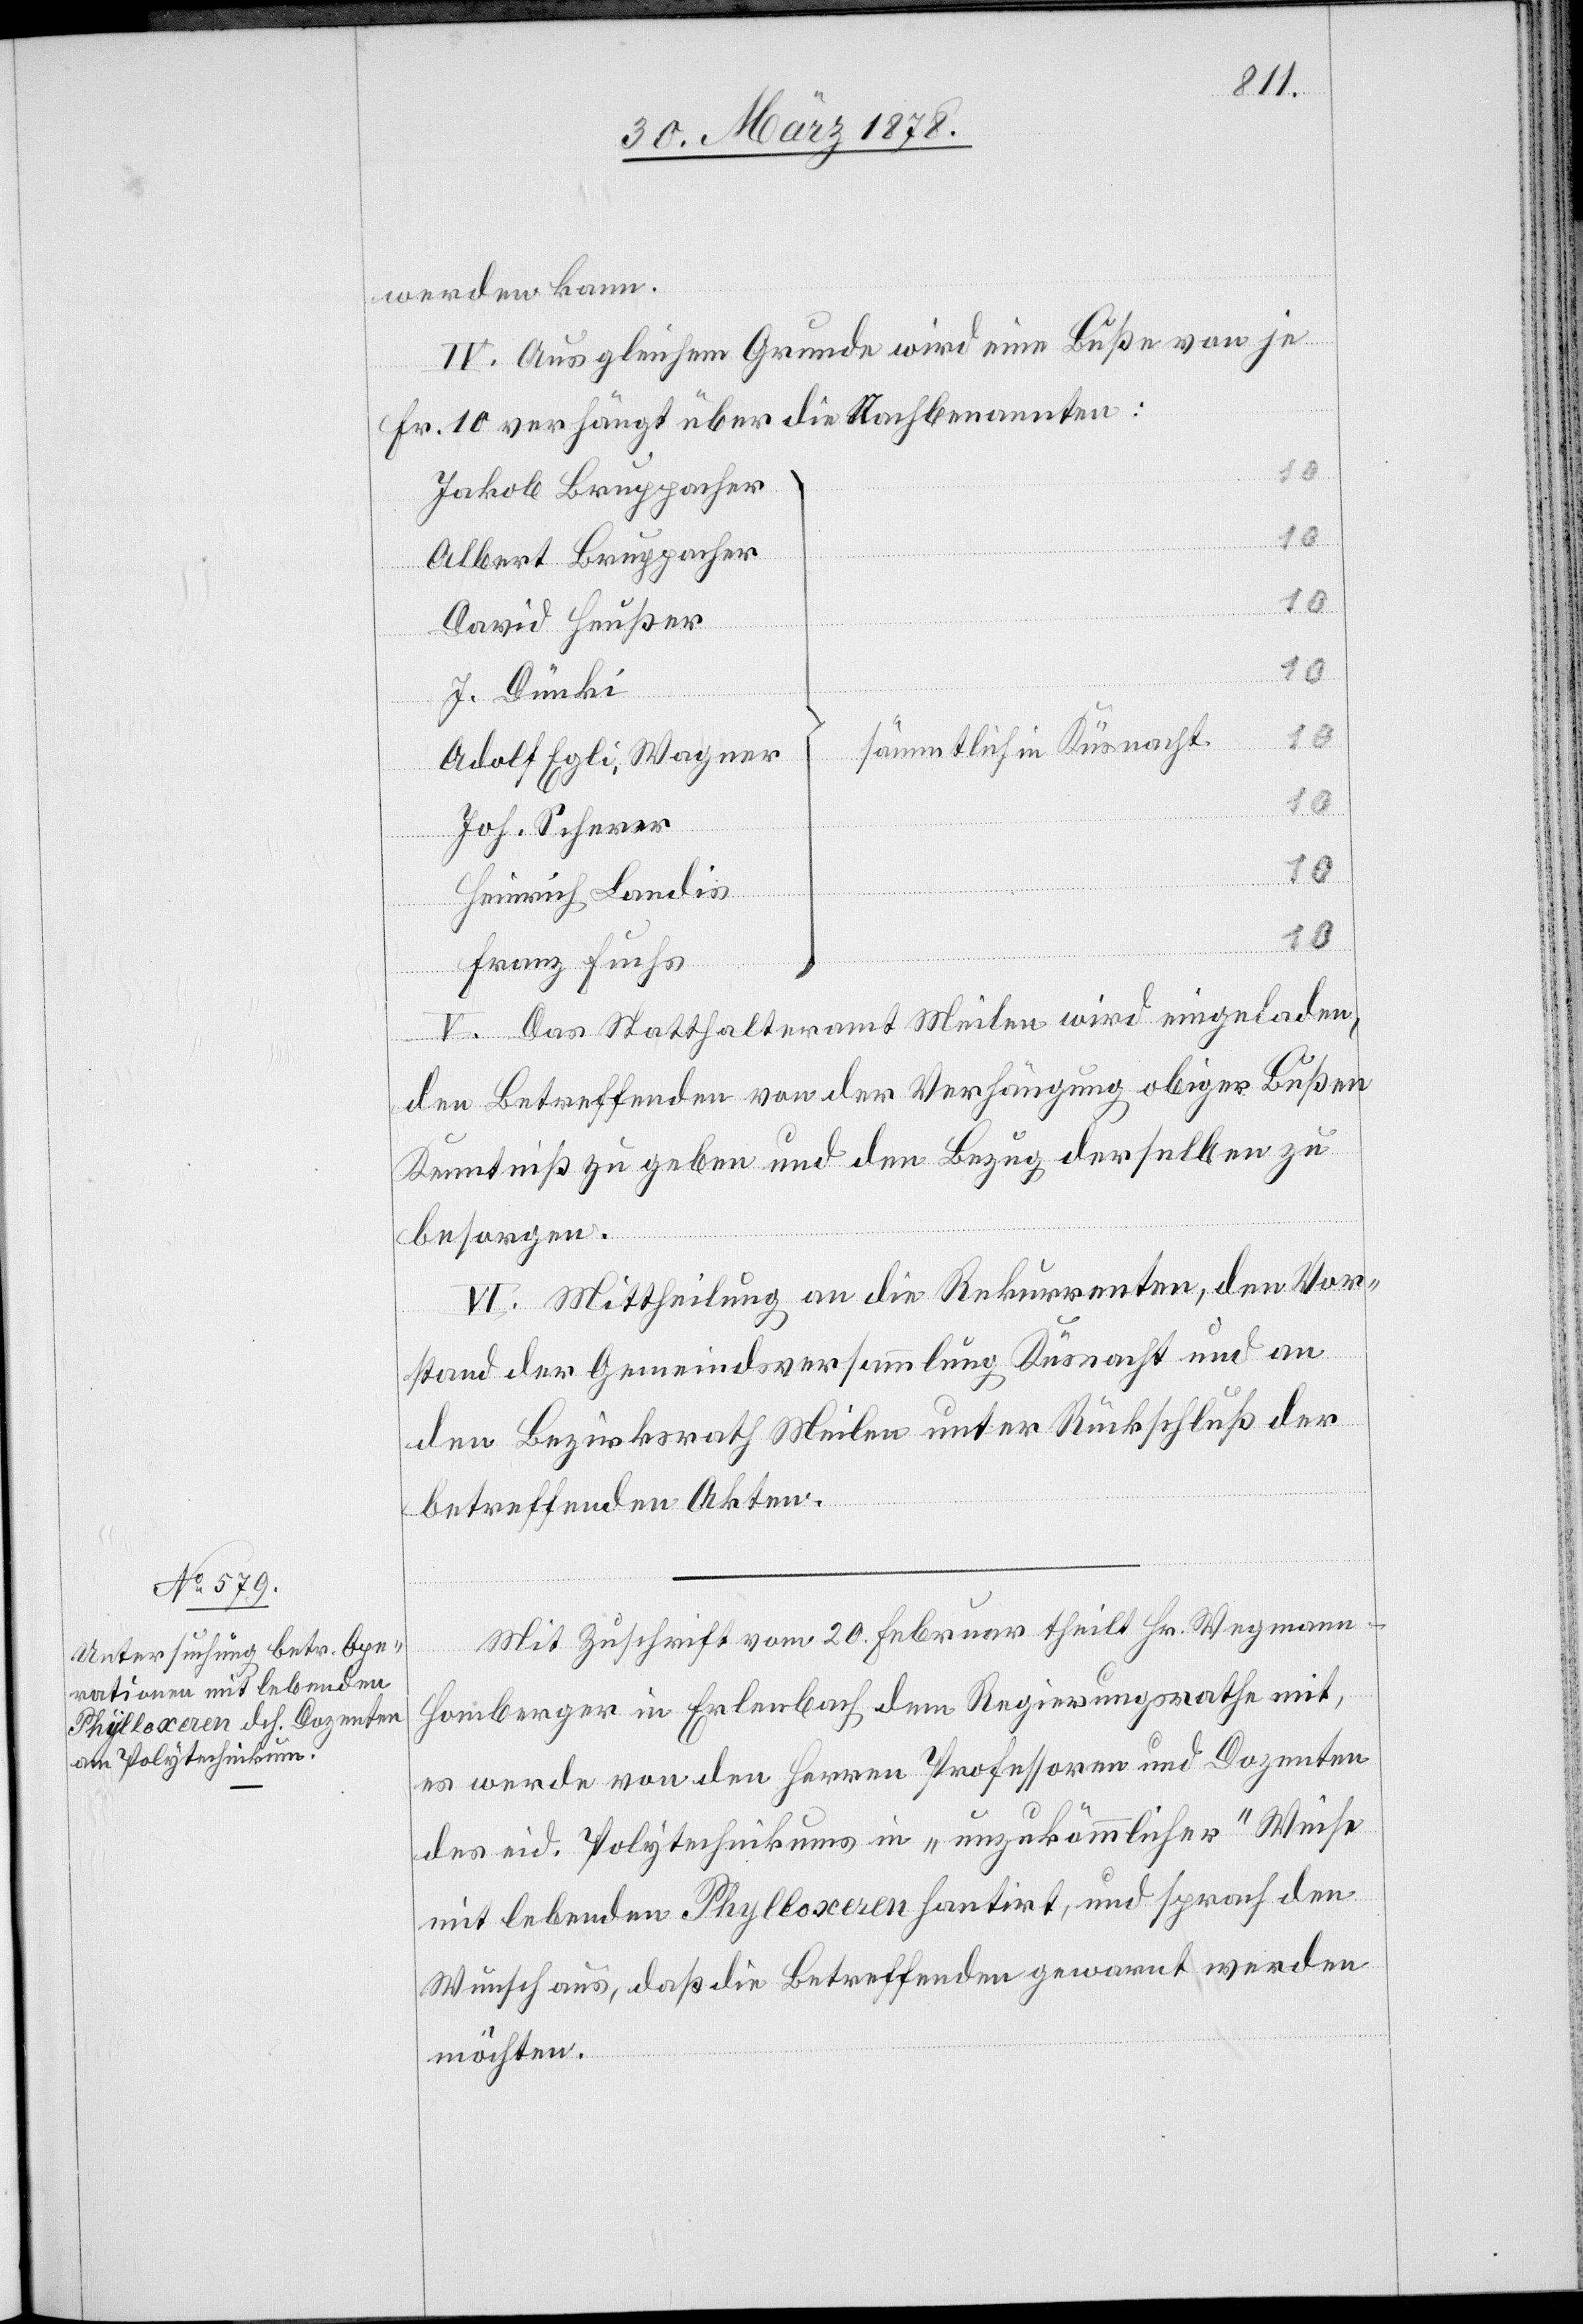
werden kann.
IV. Aus gleichem Grunde wird eine Buße von je
Fr. 10 verhängt über die Nachbenannten:
Jakob Bruppacher
Albert Bruppacher
10
David Heußer
⎪
J. Dünki
⎭
sämmtlich in Küsnacht.
Adolf Egli, Wagner
Joh. Scherer
10
Heinrich Landis
10
Franz Fuchs
V. Das Statthalteramt Meilen wird eingeladen,
den Betreffenden von der Verhängung obiger Bußen
Kenntniß zu geben und den Bezug derselben zu
besorgen.
VI. Mittheilung an die Rekurrenten, den Vor¬
stand der Gemeindsversammlung Küsnacht und an
den Bezirksrath Meilen unter Rückschluß der
betreffenden Akten.
Mit Zuschrift vom 20. Februar theilt Hr. Wegmann-H¬
omberger in Erlenbach dem Regierungsrathe mit,
es werde von den Herren Professoren und Dozenten
des eid. Polytechnikums in „unzukömmlicher“ Weise
mit lebenden Phylloxeren hantirt, und sprach den
Wunsch aus, daß die Betreffenden gewarnt werden
möchten.